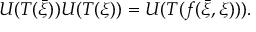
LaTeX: U ( T ( { \bar { \xi } } ) ) U ( T ( \xi ) ) = U ( T ( f ( { \bar { \xi } } , \xi ) ) ) .